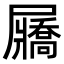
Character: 屫